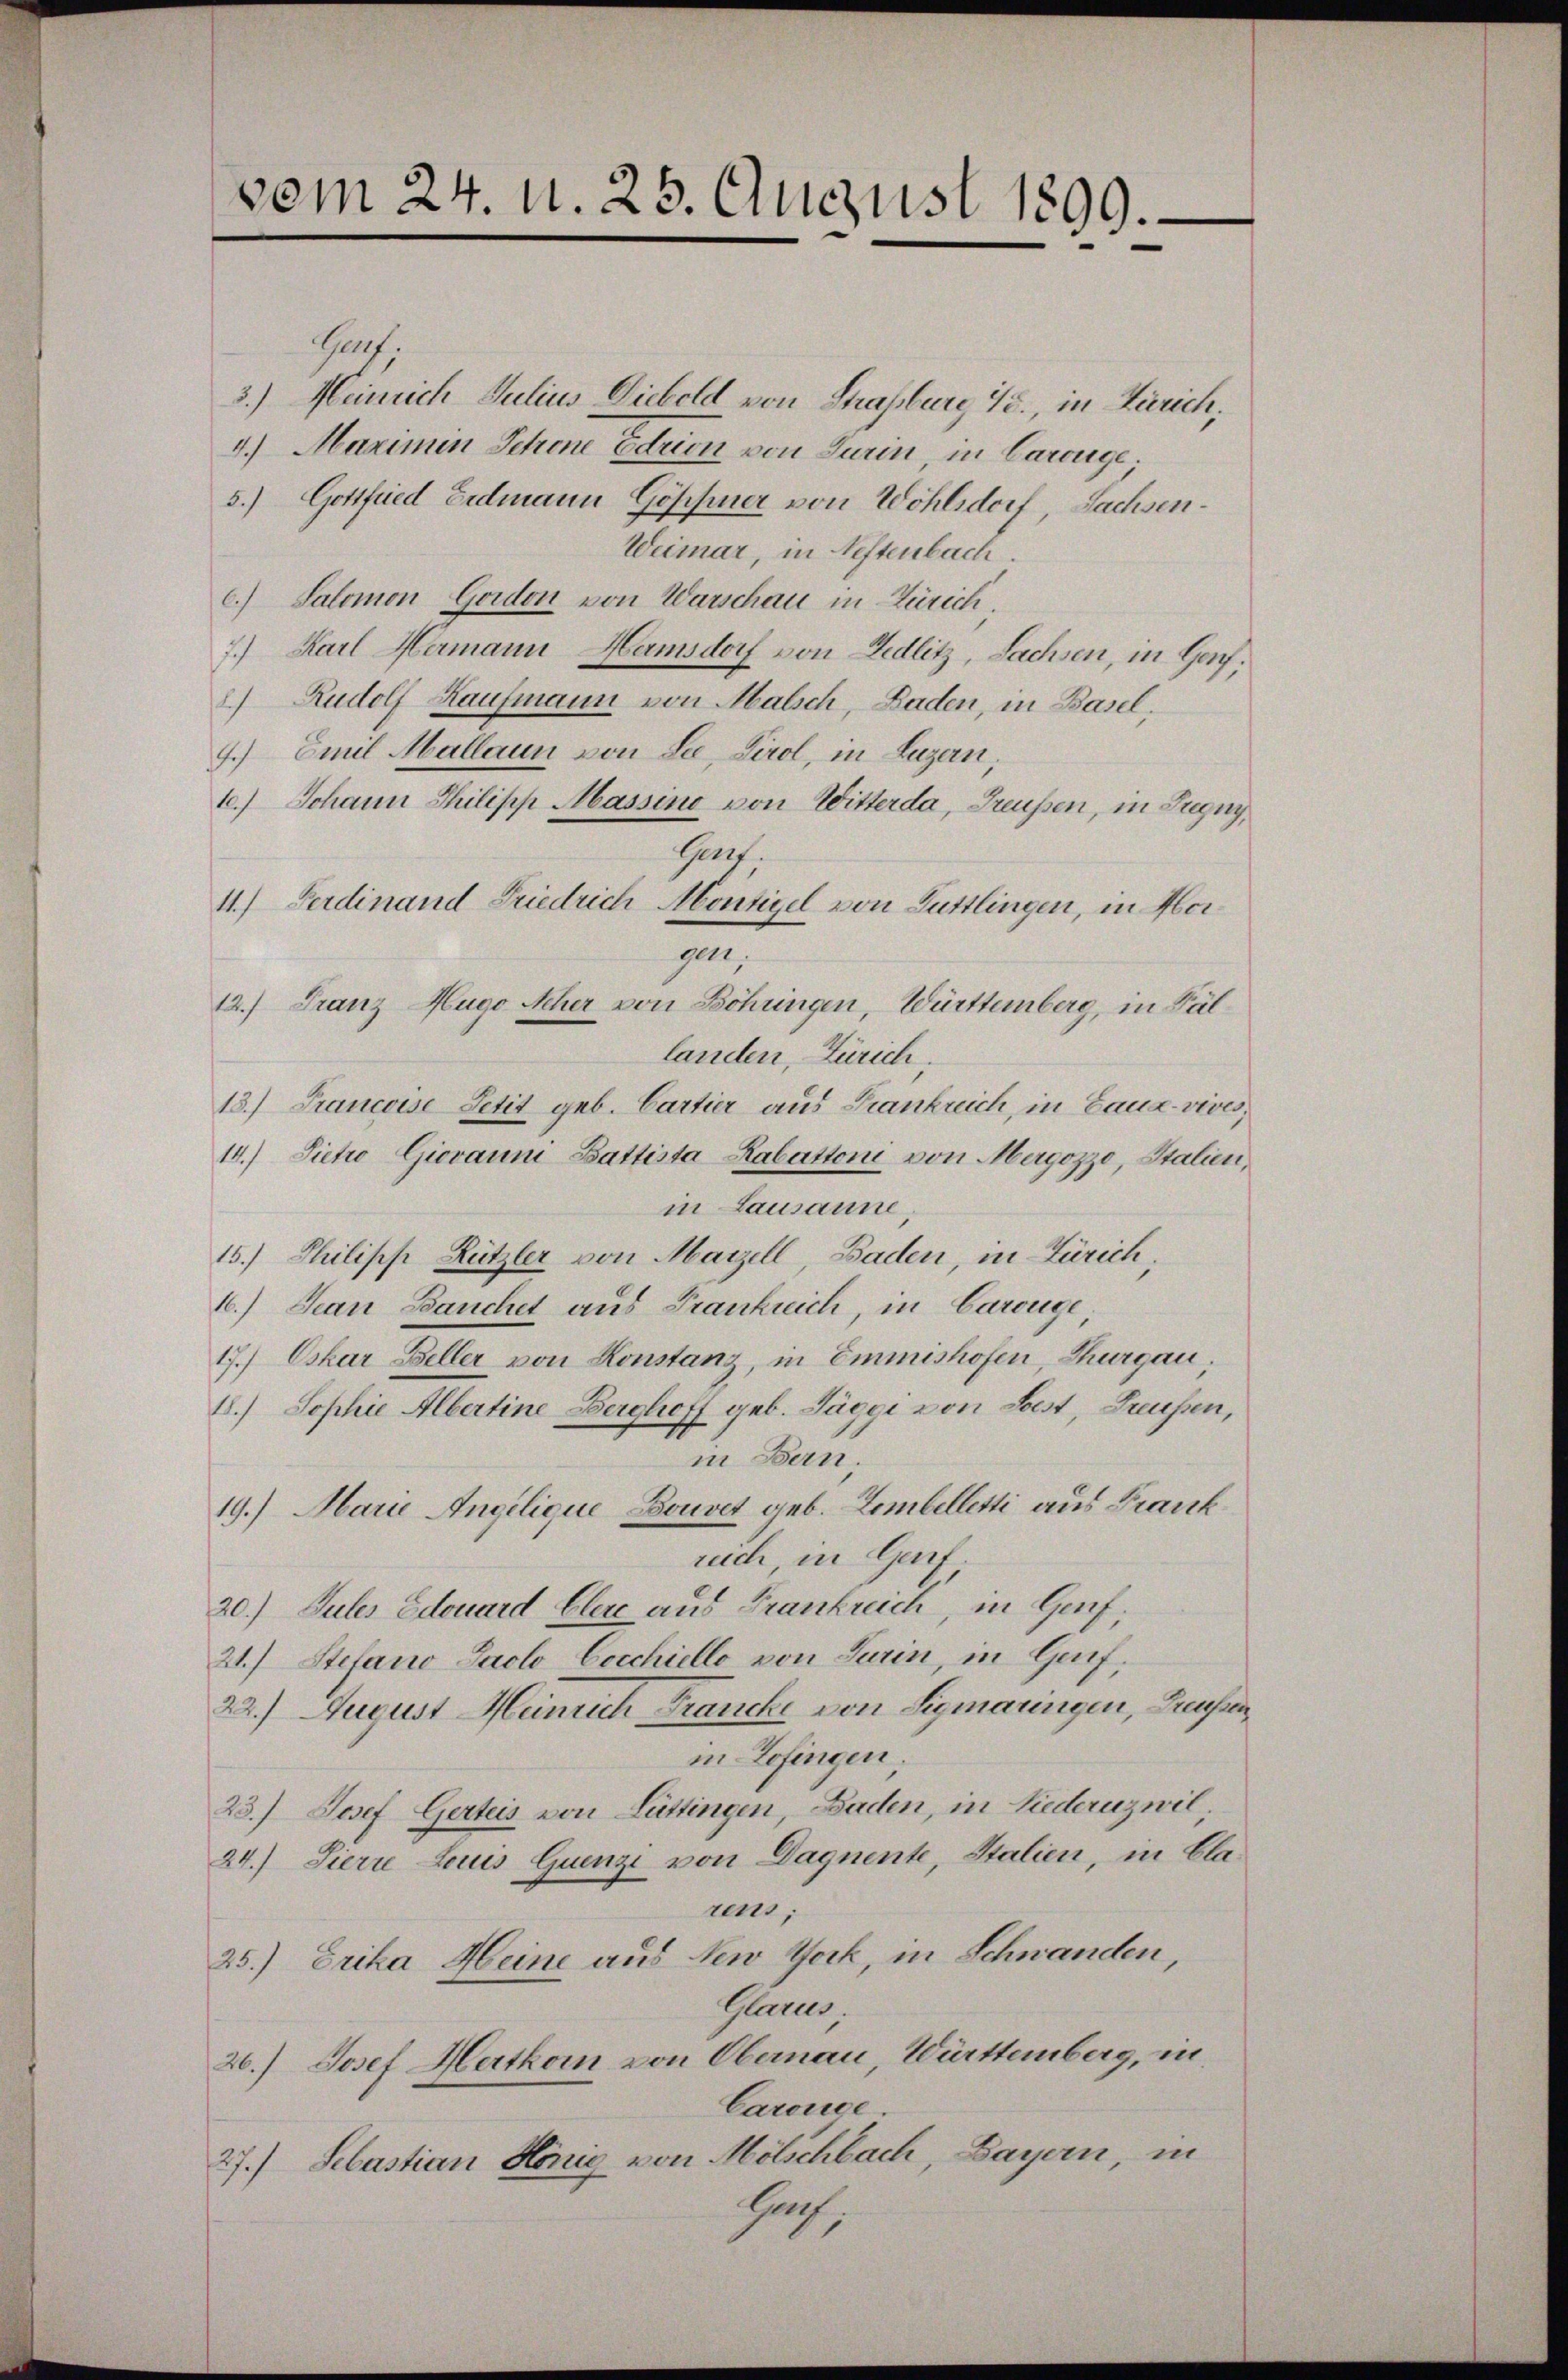
vom 24. d. 25. August 1899.

Garf.
3.) Meinrich Julius Diebold von Strassburg 48, in Zürich,
4.) Marinen Schene Edrion von Turin, in Carouge
5.) Gottfried Erdmann Göppner von Wohlsdorf, Sachsen¬
Weimar, in Neftenbach.
c.) Salomon Gordon von Warschau in Zürich
7.) Karl Hermann Hamsdorf von Fedlitz, Sachsen, in Genf,
2) Rudolf Kaufmann von Malsch, Baden, in Basel,
7.) Emil Mallaun von See, Tirol, in Luzern.
10.) Johann Philipp Massino von Witterda, Treussen, in Zugny,
Gent.
4.) Ferdinand Friedrich Montigel von Luttlingen, in Morgen,
12.) Franz Hugo Acher von Böhringen, Württemberg, in Fällanden, Zürich,
13.) Francoise Petit geb. Cartier aus Frankreich, in Baua-vives,
14.) Sietro Giovanni Battista Rabattoni von Mergozzo, Italien,
in Lausanne
15.) Philipp Rützler von Marzell Baden, in Zürich,
16.) Jean Bauchet aus Franklich, in Carouge,
17.) Oskar Beller von Konstanz, in Emmnishofen, Thurgau,
1.) Sophie Albertine Berghoff geb. Jäggi von Lost, Freussen,
in Bern.
19.) Marie Angelique, Bouvet geb. Lembelletti aus Frank
ruch in Geif.
20.) Gutes Edouard Clere aus Frankreich, in Genf;
21.) Stefano Facto Cocchiello von Turin, in Genf,
22.) August Meinrich Francke von Sigmaringen, Greussen
in Zofingen;
23.) Josef Gerteis von Lüttingen, Baden, in Liederuzwil;
24.) Sierre Leues Guenz von Daguente, Stalien, in Clarens;
25.) Erika Heine aus New York, in Schwanden,
Glarus
20.) Josef Mertkom von Obernau, Württemberg, in
Carouge.
27.) Sebastian König von Mölschbach, Bayern, in
srich,